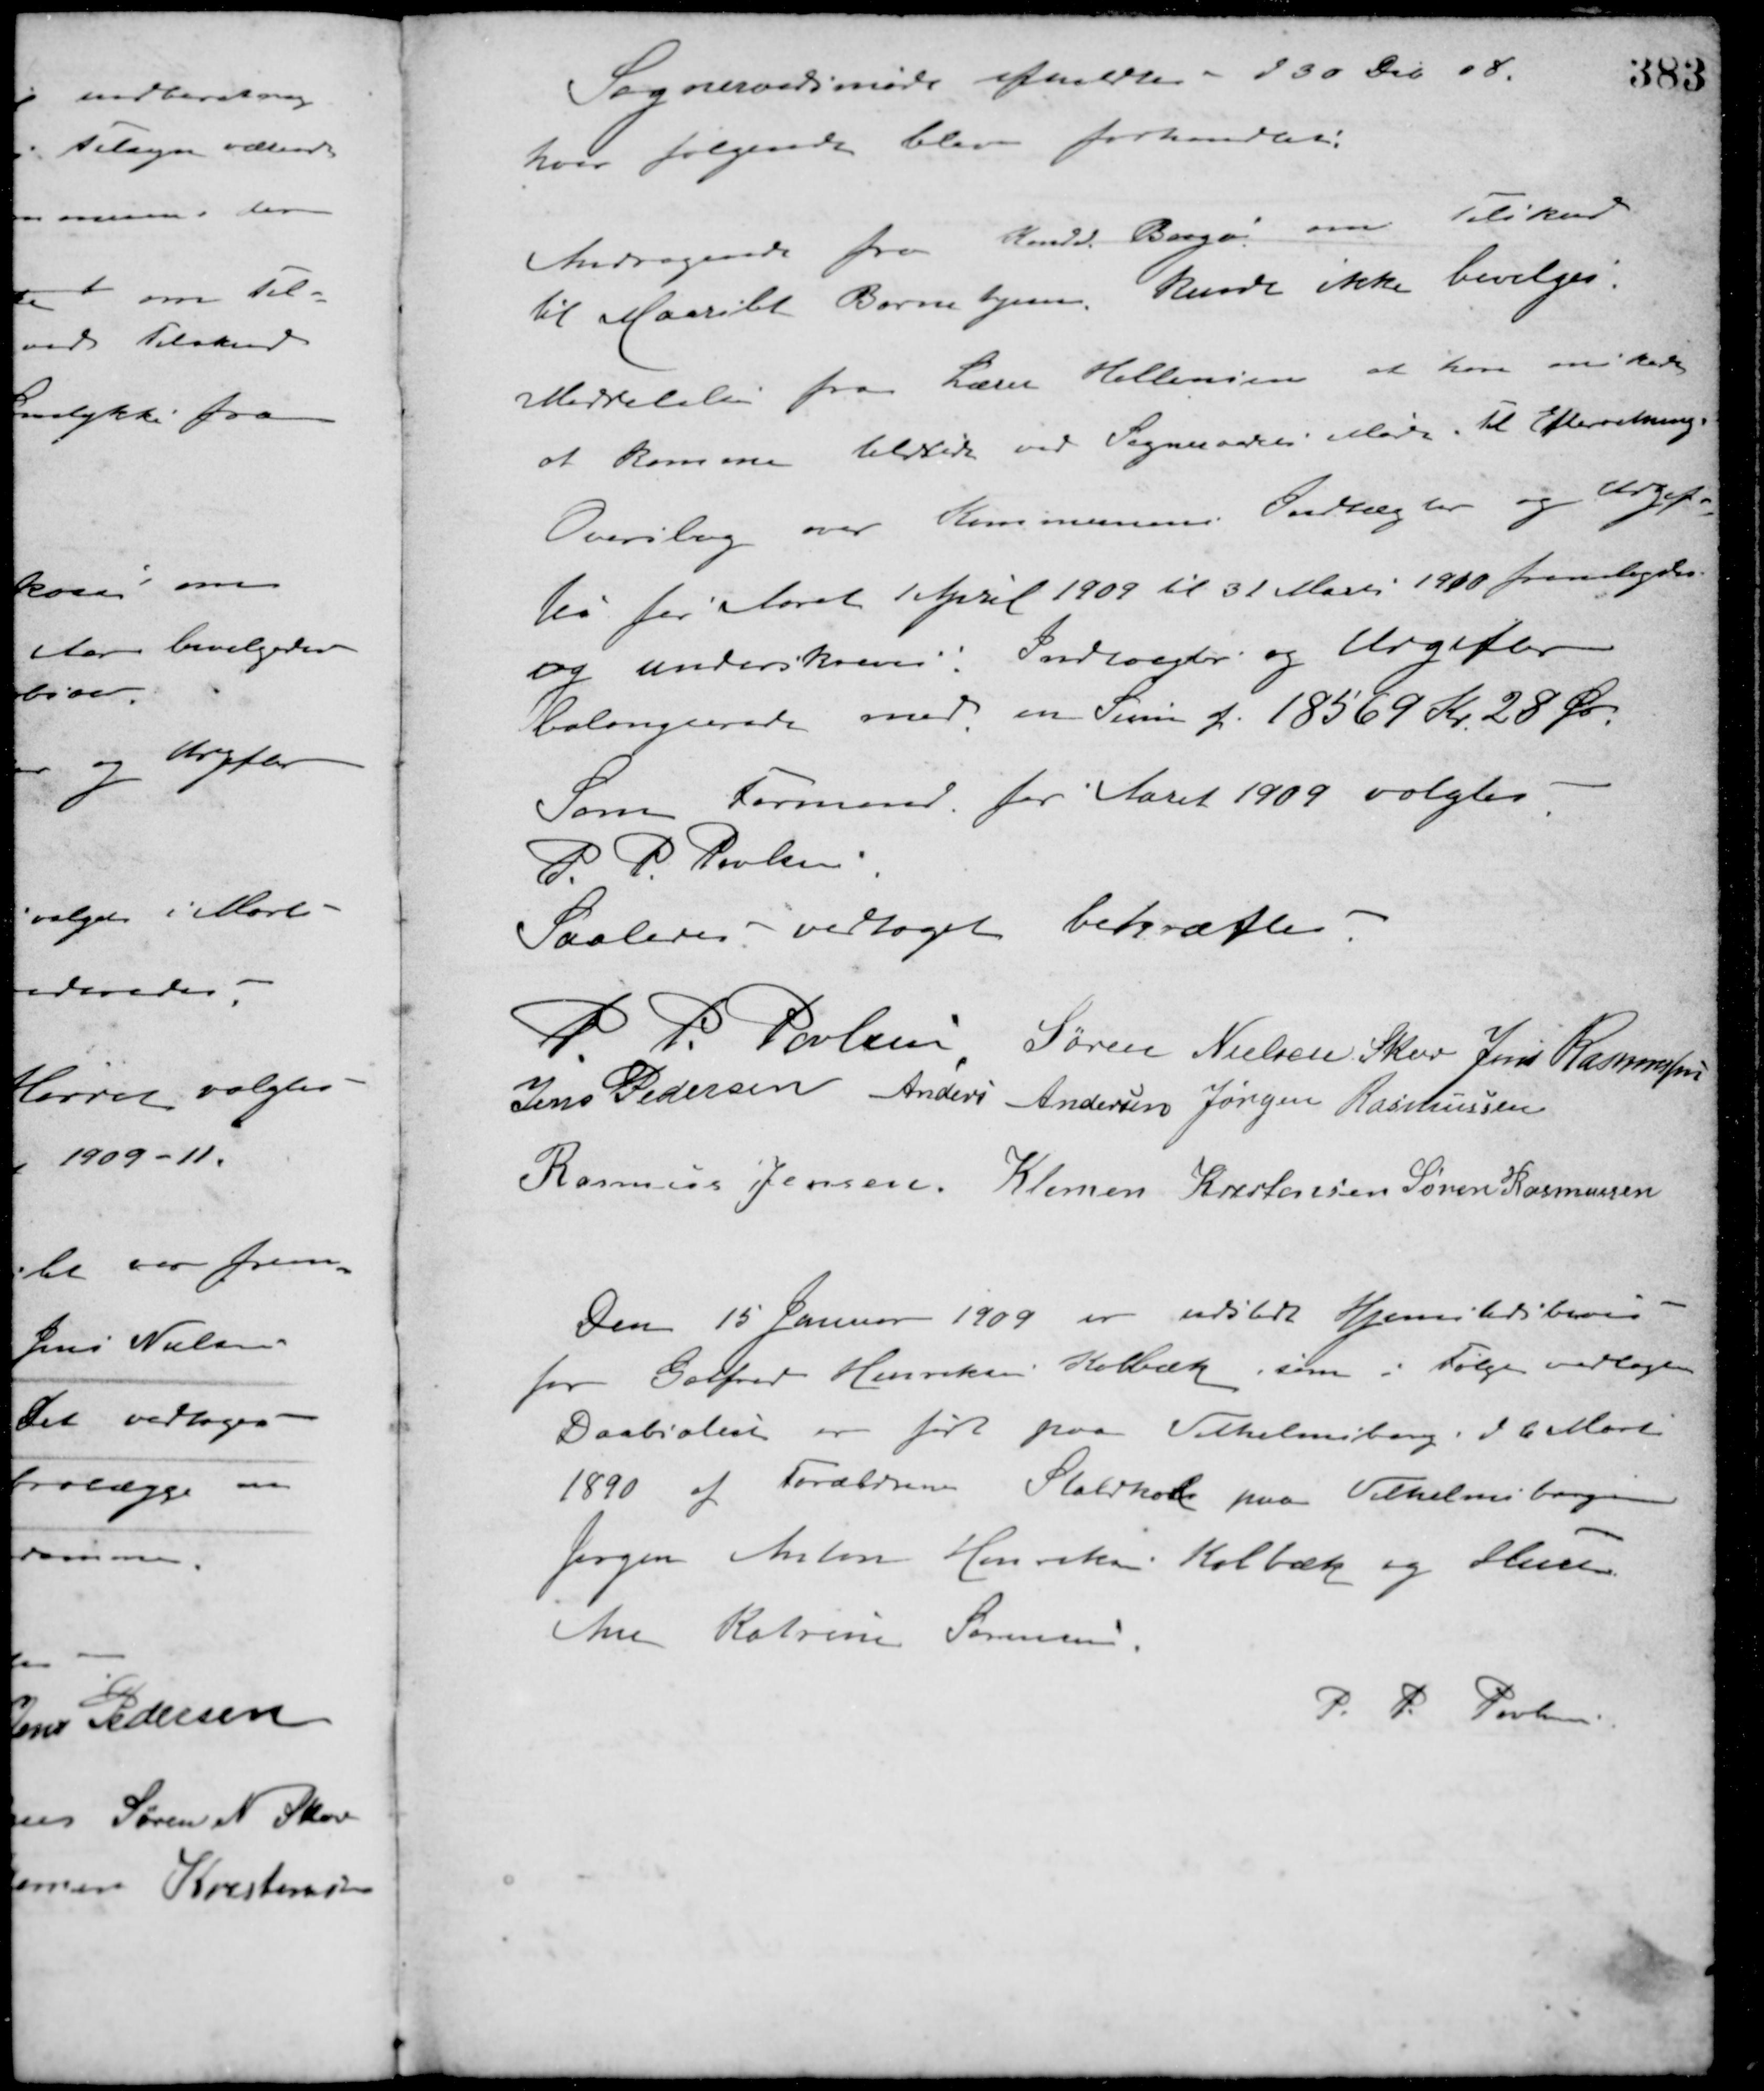
Transskription:
Sogneraadsmøde afholdtes d 30 Deb. 08.
hvor følgende blev forhandlet:
Andragende fra Konrad Baagø om Tilskud
til Maarslet Børnehjem, kunde ikke bevilges.
Meddelelse fra Lærer Hellersen at han ønskede
at komme tilstede ved Sogneraadets Møde. Til Efterretning.
Overslag over Kommunens Indtægter og Udgif-
ter for Aaret 1 April 1909 til 31 Marts 1910 fremlagdes
og underskreves. Indtægter og Udgifter
balangcerede med en Sum af 18569 Kr. 28 Øre.
Som Formand for Aaret 1909 valgtes
P. P. Poulsen
Saaledes vedtaget bekræftes.
P. P. Poulsen Søren Nielsen Skov Jens Rasmussen
Jens Pedersen Anders Andersen Jørgen Rasmussen
Rasmus Jensen Klemen Kristensen Søren Rasmussen
Den 15 Januar 1909 er udstedt Hjemstedsbevis
for Godfred Henriksen Kolbæk, som i Følge vedlagt
Daabsattest er født paa Vilhelmsborg, d 6 Marts
1890 af Forældrene Statskok paa Vilhelmsborg
Jørgen Anton Henriksen Kolbæk og Hustru
Ane Katrine Sørensen.
P. P. Poulsen